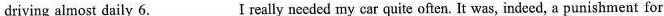
driving almost daily 6. ___ I really needed my car quite often. It was, indeed, a punishment for